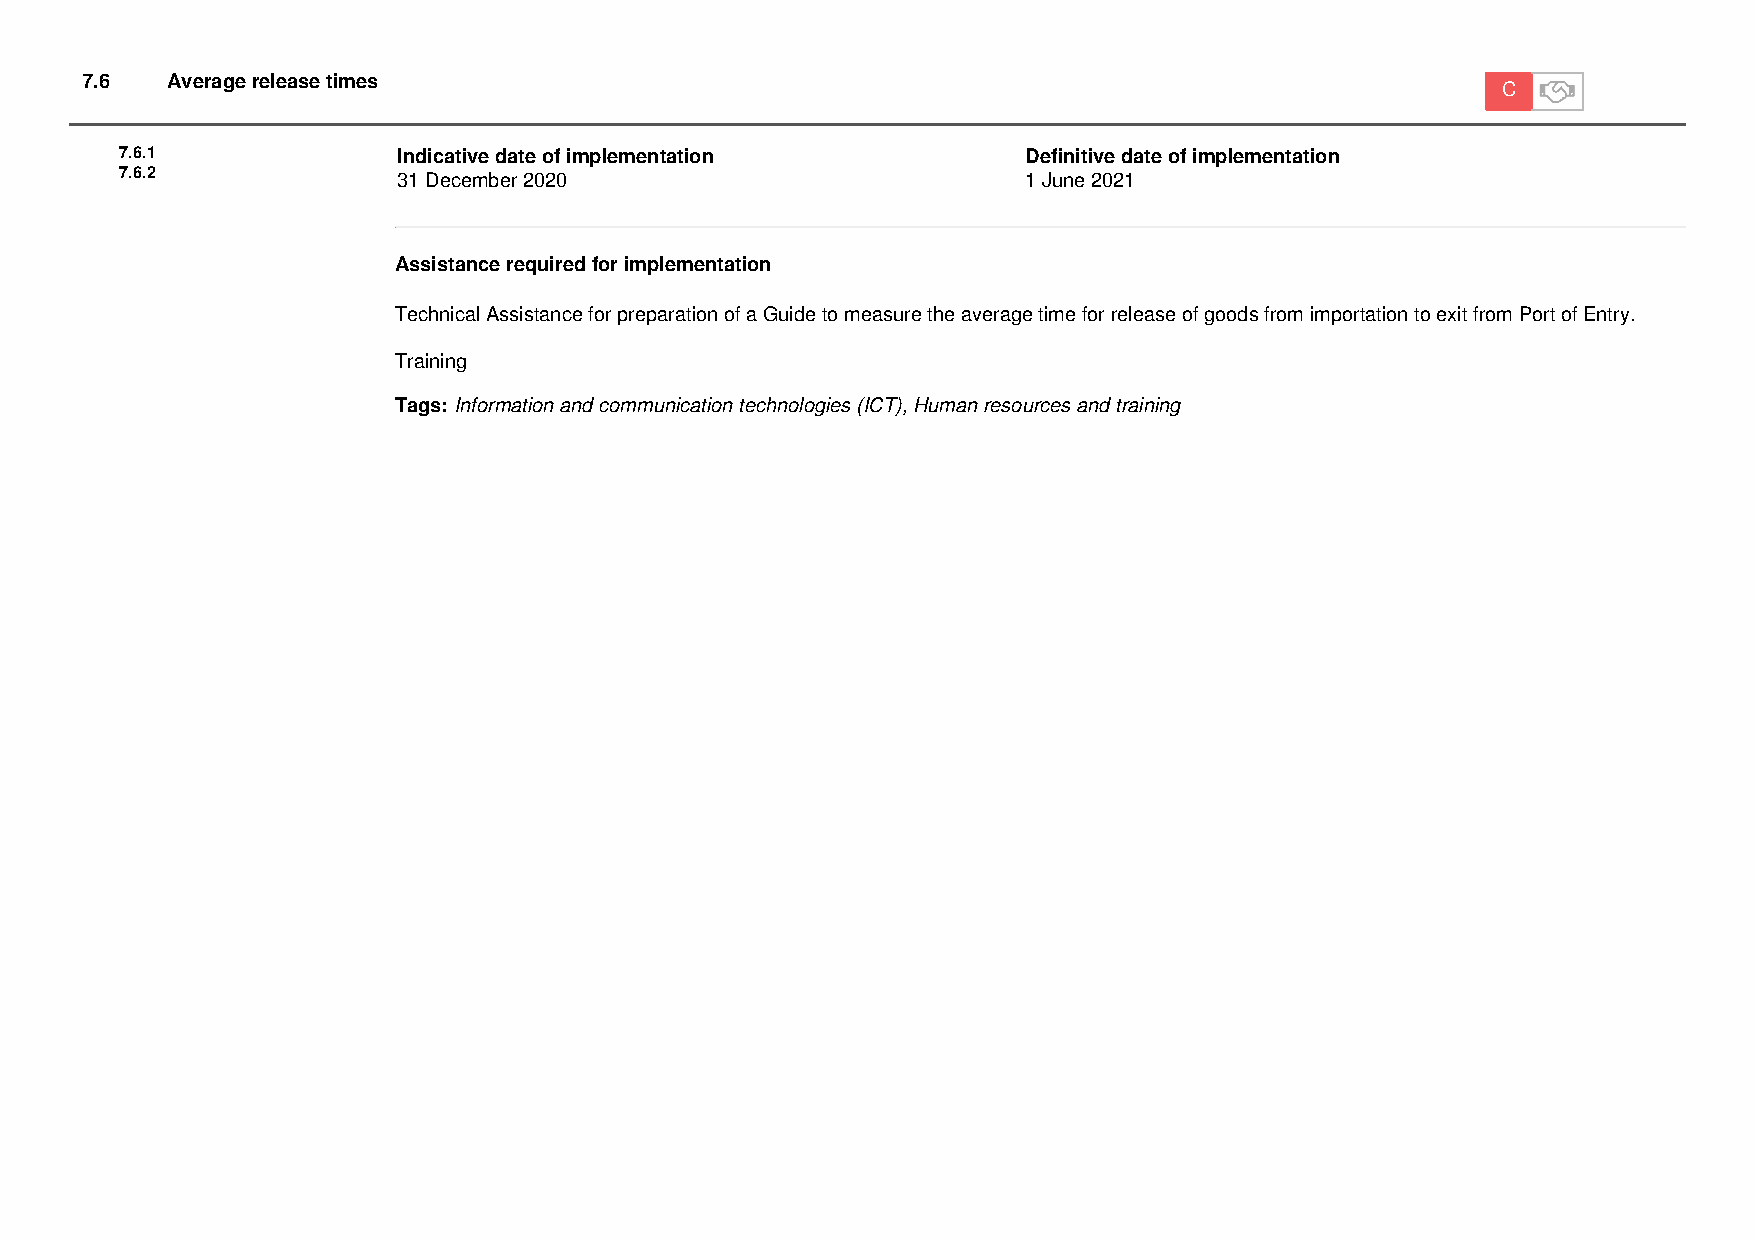
7.6   Average release times
 C
 7.6.1             Indicative date of implementation         Definitive date of implementation
 7.6.2             31 December 2020                          1 June 2021
 Assistance required for implementation
 Technical Assistance for preparation of a Guide to measure the average time for release of goods from importation to exit from Port of Entry.
 Training
 Tags: Information and communication technologies (ICT), Human resources and training